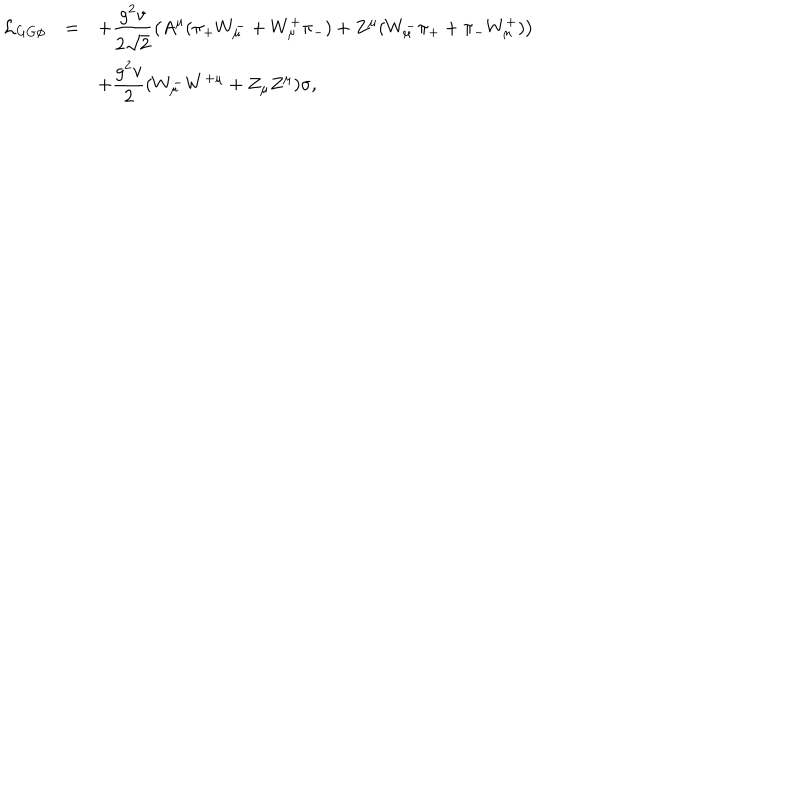
\begin{array} { r c l } { { { \cal L } _ { G G \phi } } } & { { = } } & { { \displaystyle + \frac { g ^ { 2 } v } { 2 \sqrt { 2 } } \left( A ^ { \mu } ( \pi _ { + } W _ { \mu } ^ { - } + W _ { \mu } ^ { + } \pi _ { - } ) + Z ^ { \mu } ( W _ { \mu } ^ { - } \pi _ { + } + \pi _ { - } W _ { \mu } ^ { + } ) \right) } } \\ { { } } & { { } } & { { \displaystyle + \frac { g ^ { 2 } v } { 2 } ( W _ { \mu } ^ { - } W ^ { + \mu } + Z _ { \mu } Z ^ { \mu } ) \sigma , } } \\ \end{array}